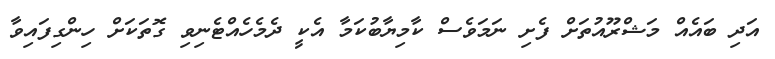
އަދި ބައެއް މަޝްރޫއުތަށް ފެށި ނަމަވެސް ކާމިޔާބުކަމާ އެކީ ދެމެހެއްޓެނިވި ގޮތަކަށް ހިންގިފައިވާ